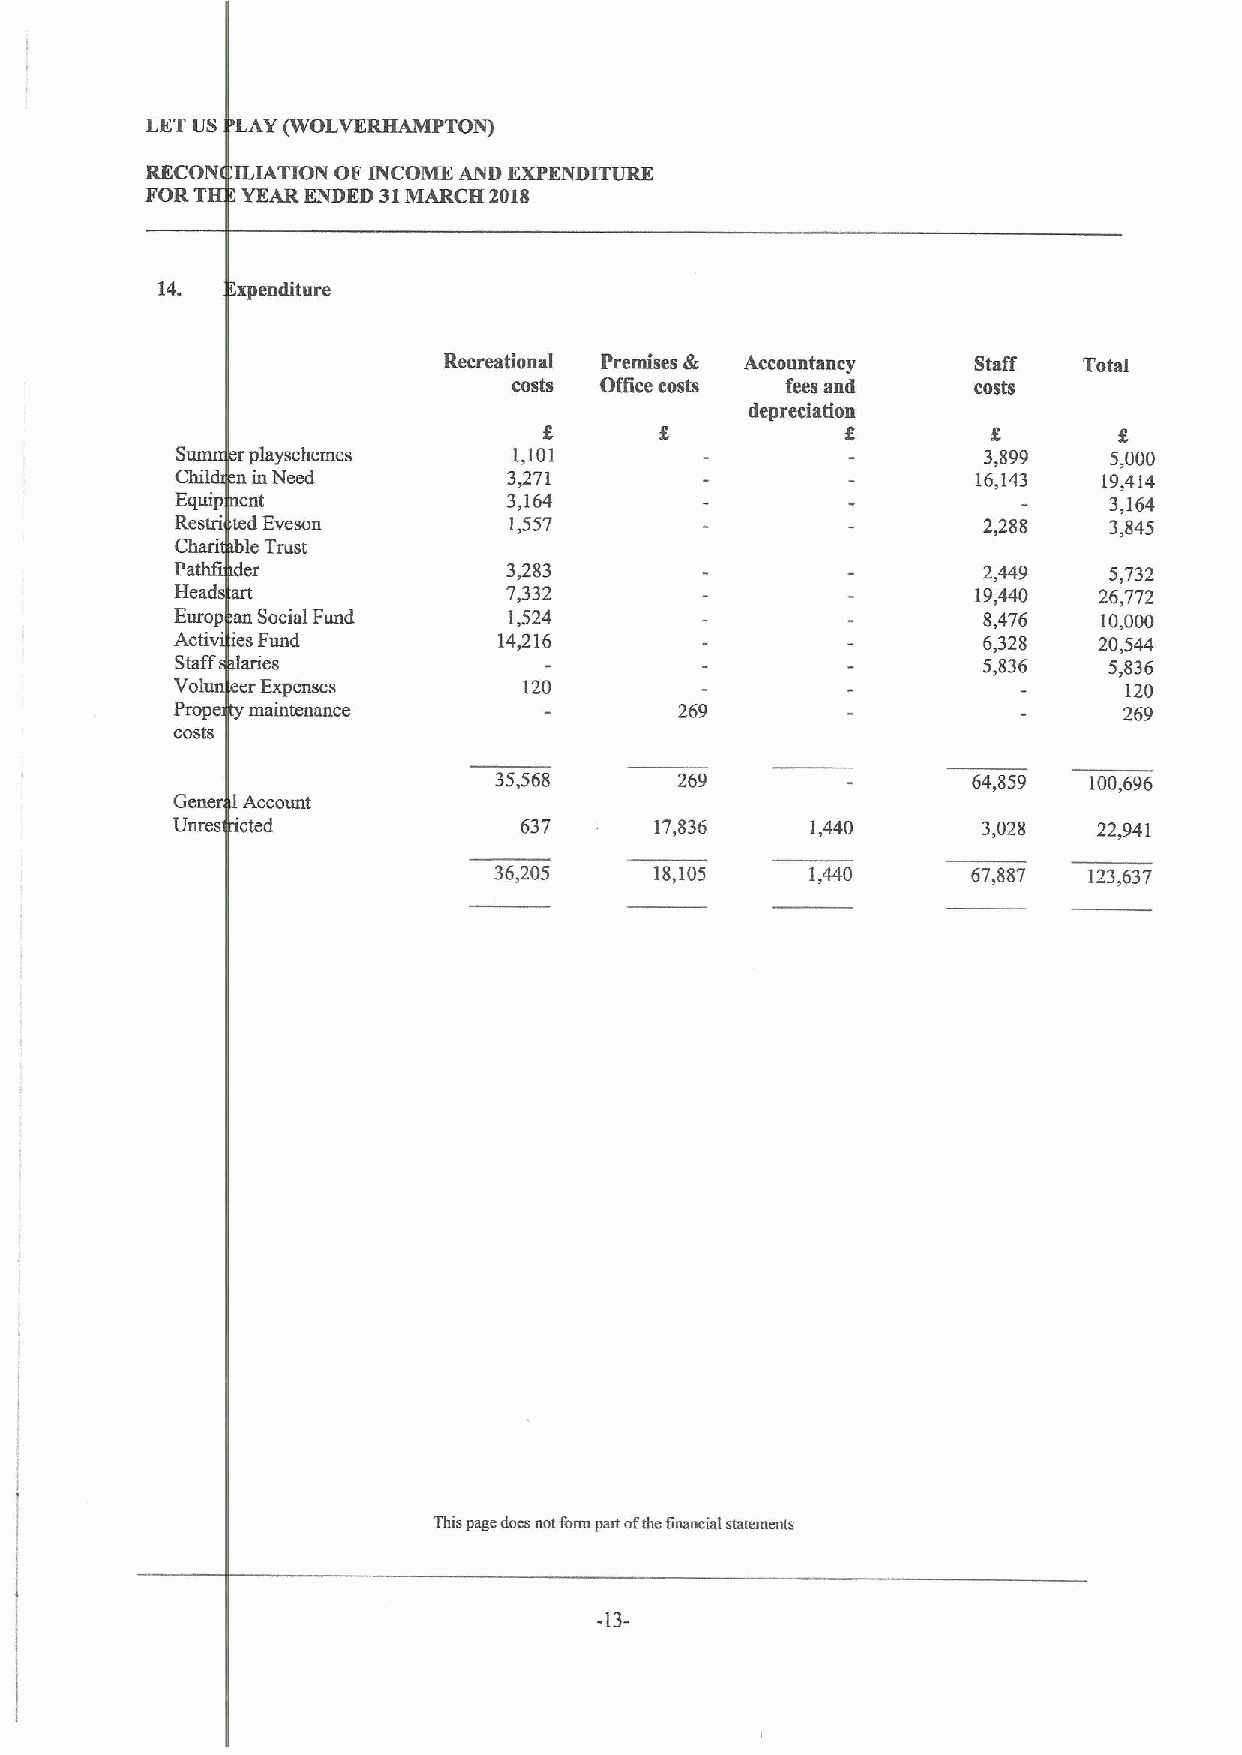
LETUS LAY (WOLVERHAMPTON)
 RECON    ION OF INCOME AND EXPENDITURE
 FORTH   AAR RENDED 31MARCH 2018
 14.   xpenditure
 Recreatioual Premises & Accountancy Staff  Total
 costs Office costs fees and    costs
 depreciation
 S   playschemes       1,101                          3,899   5,000
 Chil n in eed         3471                           16,143  19,414
 Equip ent             3,164                                  3,164
 Restri ted Eveson     1,557                          2,288   3,845
 Chari leTrust
 Pathfi der            3383                           2,449   5,732
 Head art              7,332                          19,440  26,772
 Europ an So ial Fund  1,524                          8,476   10,000
 Acti ' esF d         14,216                          6,328   20,544
 Staff aries                                          5,836   5,836
 Vol  Expenses          120                                     120
 Prop   tenance                   269                          269
 cost's
 35,568      269                64,859  100,696
 Gene
 Unres 'cted            637      17,836     1,440      3,028   22,941
 36,205    18,105     1,440     67,887  123,637
 This page dncs nnt farm part nfthe financial comments
 -13-